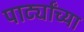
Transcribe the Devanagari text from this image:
पार्ट्यांच्या